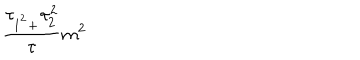
\frac { \tau _ { 1 ^ { ^ { 2 } } + } \tau _ { 2 } ^ { 2 } } { \tau } m ^ { 2 }